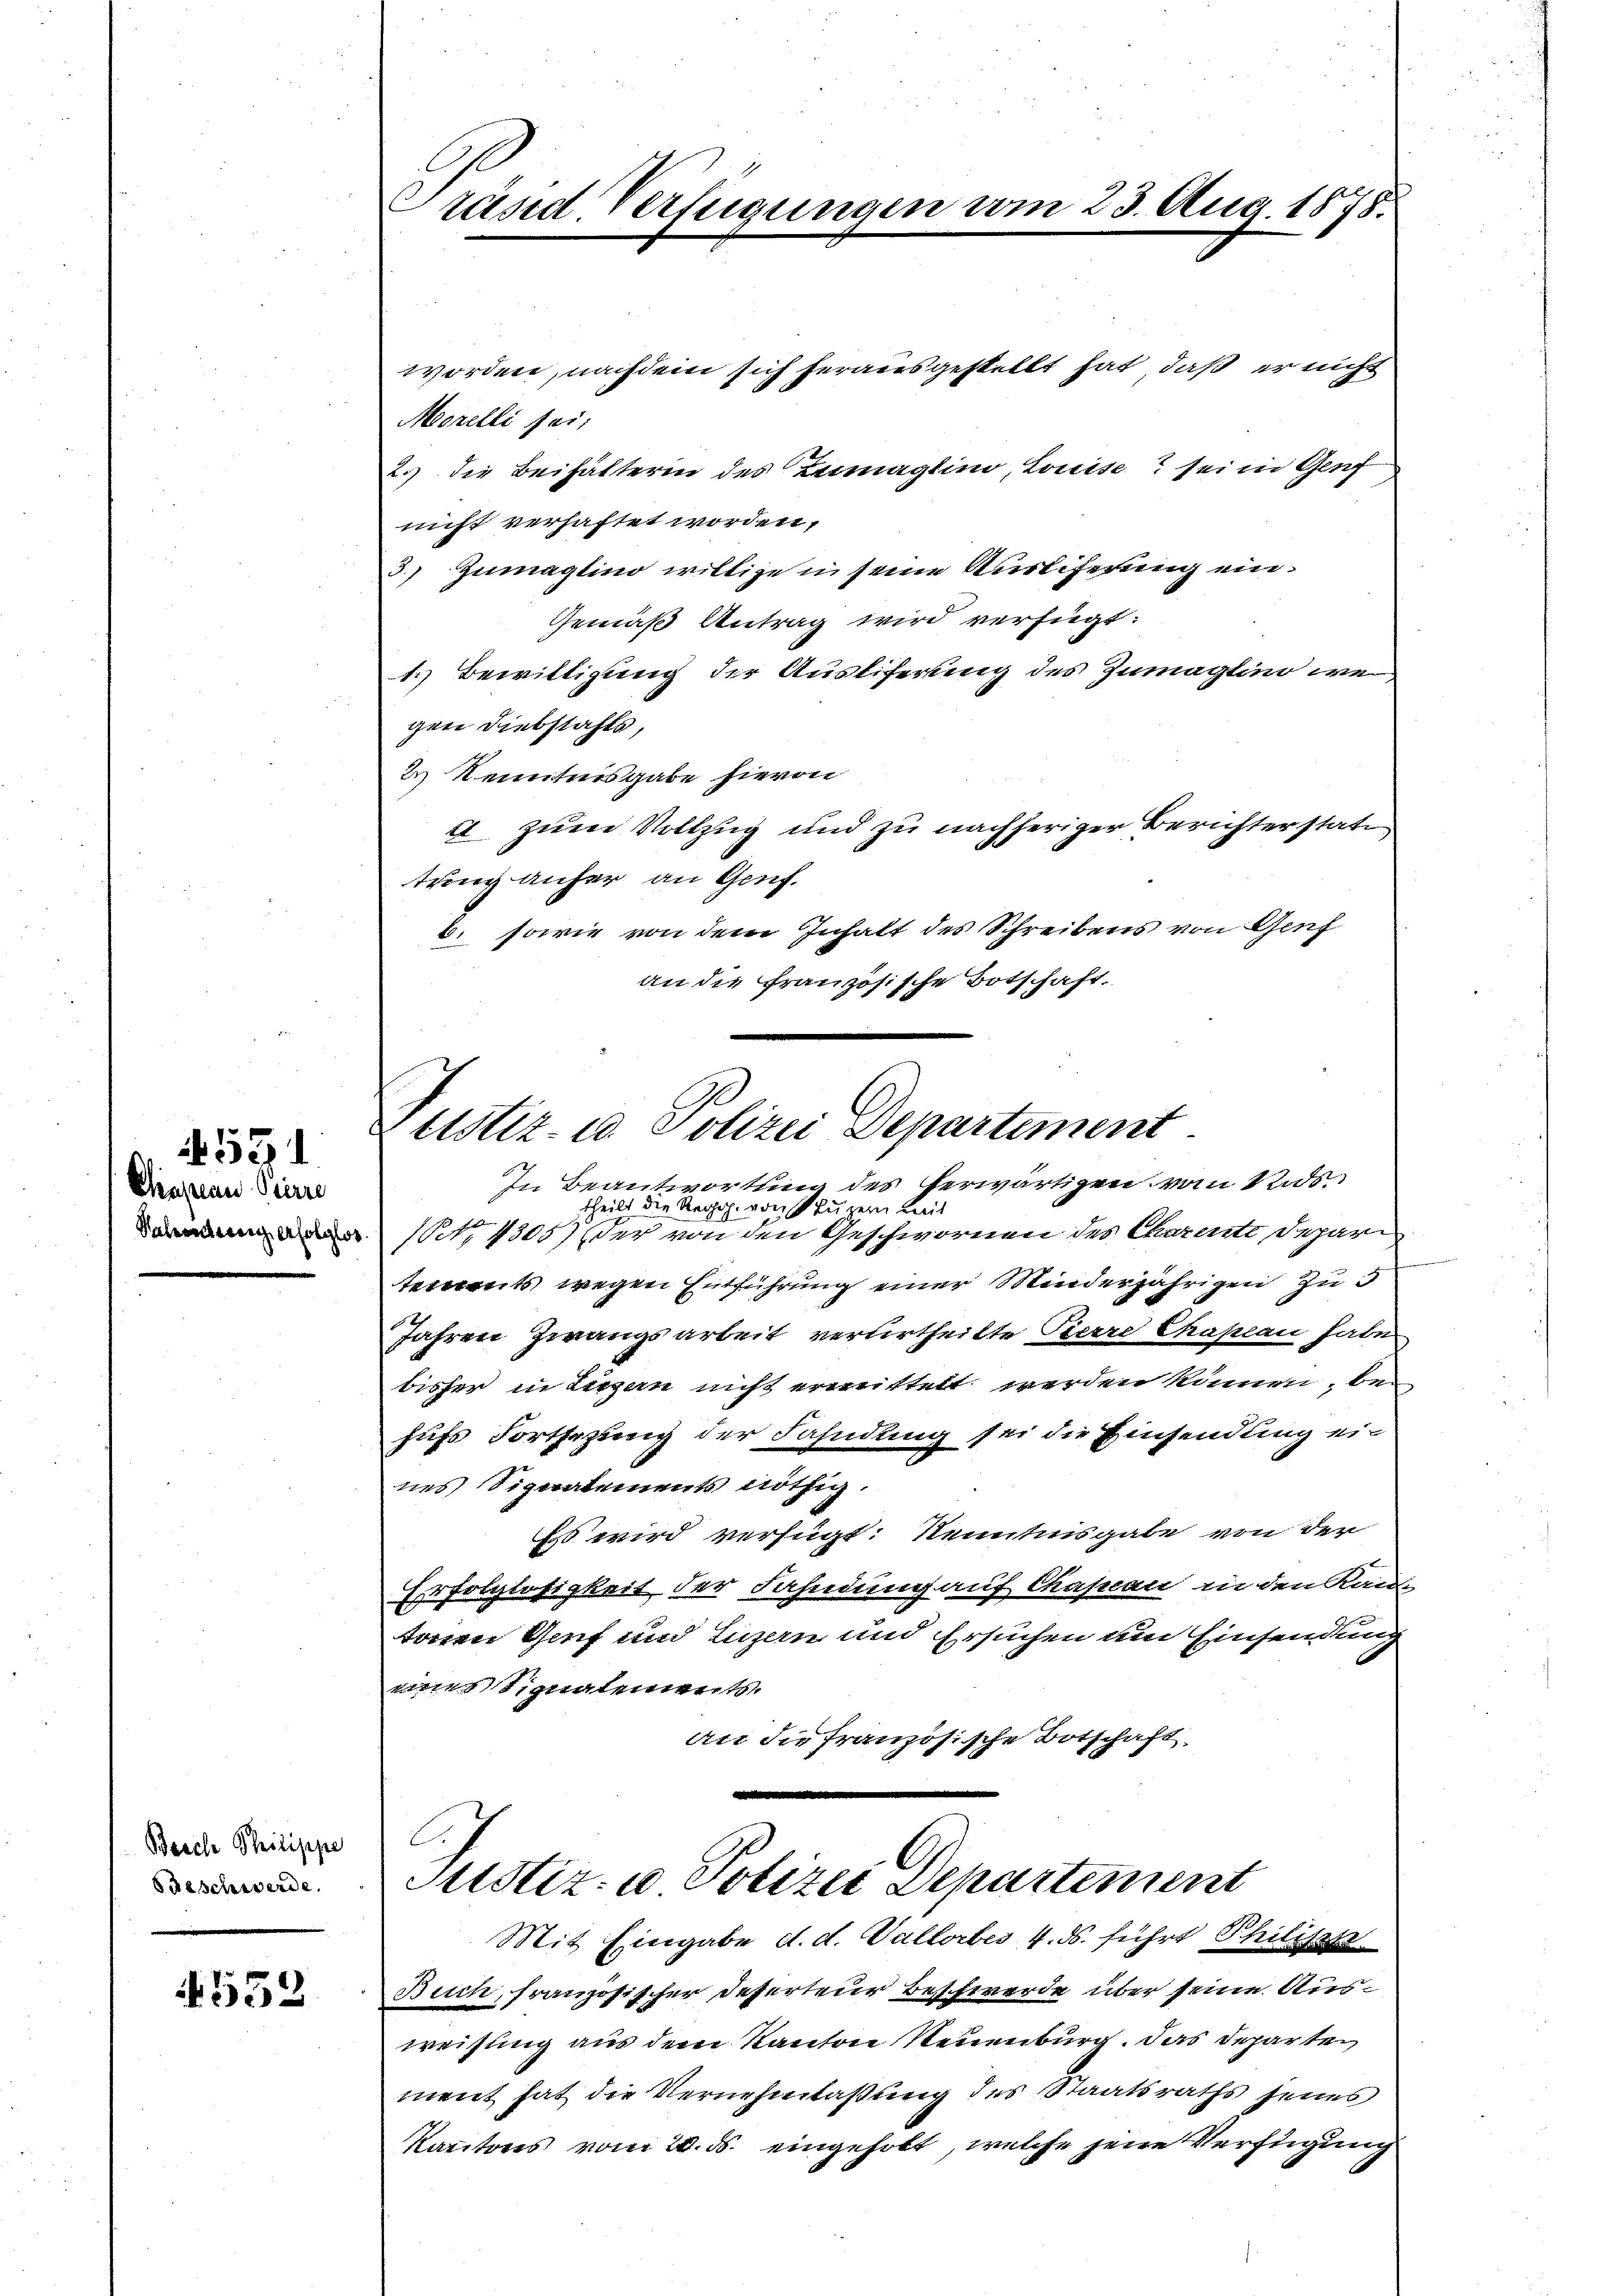
Chapan Pierre
Nahrung erfolglos

531

Berche Philippe
Beschwerde.

4552

worden, nachdem sich herausgestellt hat, daß er nicht
Morelli sei;
2.) die Beihälterin des Zumaglino, Louise sei in Genf
nicht verhaftet worden,
3.) Zumaglino willige in seine Auslieferung ein¬
Gemäß Antrag wird verfügt:
1. Bewilligung der Ausliferung des Zumaglino we
gen Diebstahls,
2 Kenntnisgabe hievon
2 zum Vollzug und zu nachheriger Berichter state
tring anher an Genf.
b. sowie von dem Inhalt des Schreibens von Genf
an die französische Ortschaft.

Präsid. Verfügungen vom 23. Aug. 1875.

Justiz- u. Polizei Departement
In Beantwortung des herwärtigen von Rods.

theilt die Reg. von Stuzern mit
Pct. 4305) der von den Geschwornen des Charente Depari

tements, wegen Entführung einer Minderjährigen zu d
Jahren Zwangsarbeit verurtheilte Pierre Chassau haben
bisher in Liezen nicht erweittelt werden können, behufs Fortsezung der Fahndung sei die Einsendung eines Signatements nöthig
sos wird verfügt: Kenntnisgabe von der
Erfolglosigkeit der Fahndung auf Cassan in den Kan-
tonen Genf und Luzern und Ersuchen um Einsendung
eines Signalenwerts.
an die französische Botschaft

C
Justiz- u Polizei Departement
Mit Eingabe d. d. Vallorbes 4. ds. führt Philiste

Buch, französischer Deserteur Beschwerde über seine Ausweisung aus dem Kanton Neuenburg. Das Departen
ment hat die Vernehmlaßung des Staatsraths seines
Kantons vom 20. ds. eingeholt, welche jene Verfügung